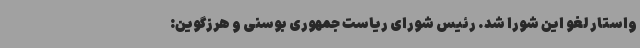
واستار لغو این شورا شد. رئیس شورای ریاست جمهوری بوسنی و هرزگوین: